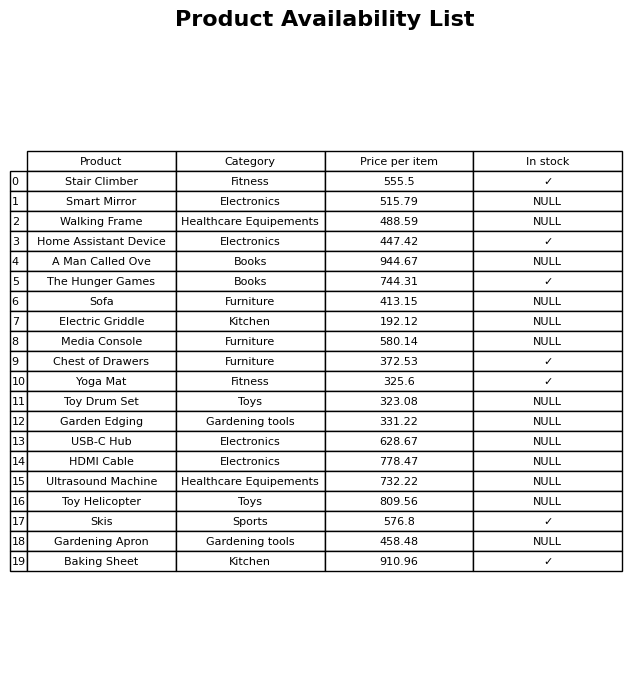
question: Is the Gardening Apron in stock?
answer: NULL